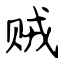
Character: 贼